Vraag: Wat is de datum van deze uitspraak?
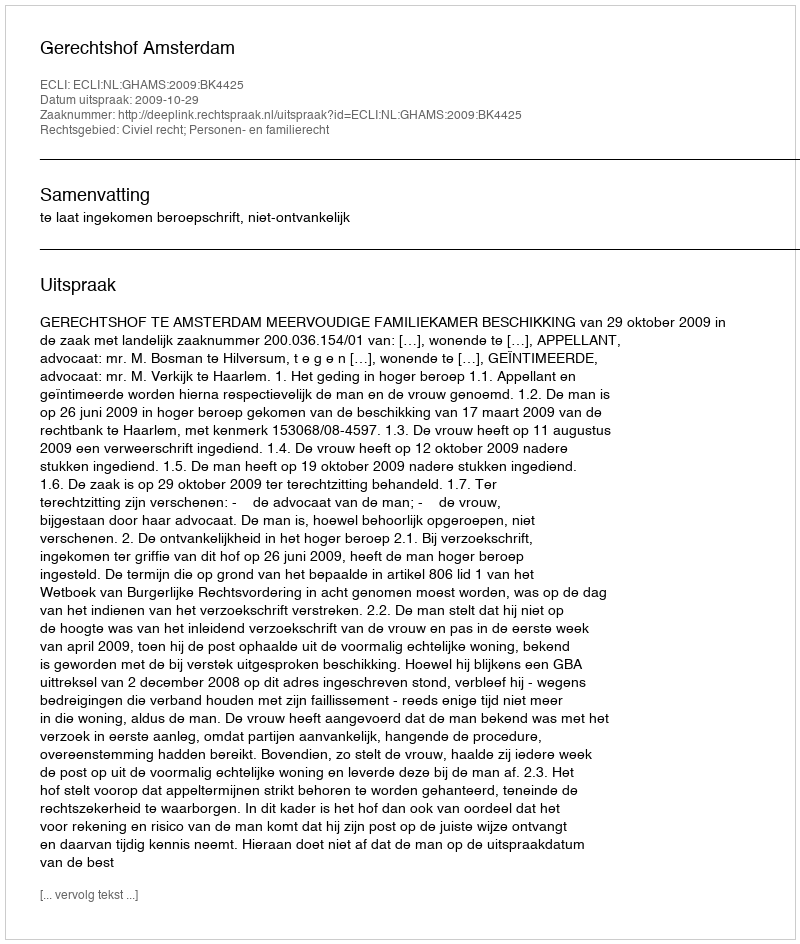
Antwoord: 2009-10-29